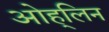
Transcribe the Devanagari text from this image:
ओह्‌लिन